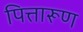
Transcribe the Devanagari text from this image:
पित्तारूण